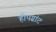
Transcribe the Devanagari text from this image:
हीपग्रांट